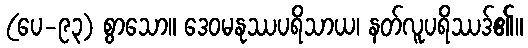
(ပေ-၉၃) စွာသော။ ဒေဝမနုဿပရိသာယ၊ နတ်လူပရိဿဒ်၏။